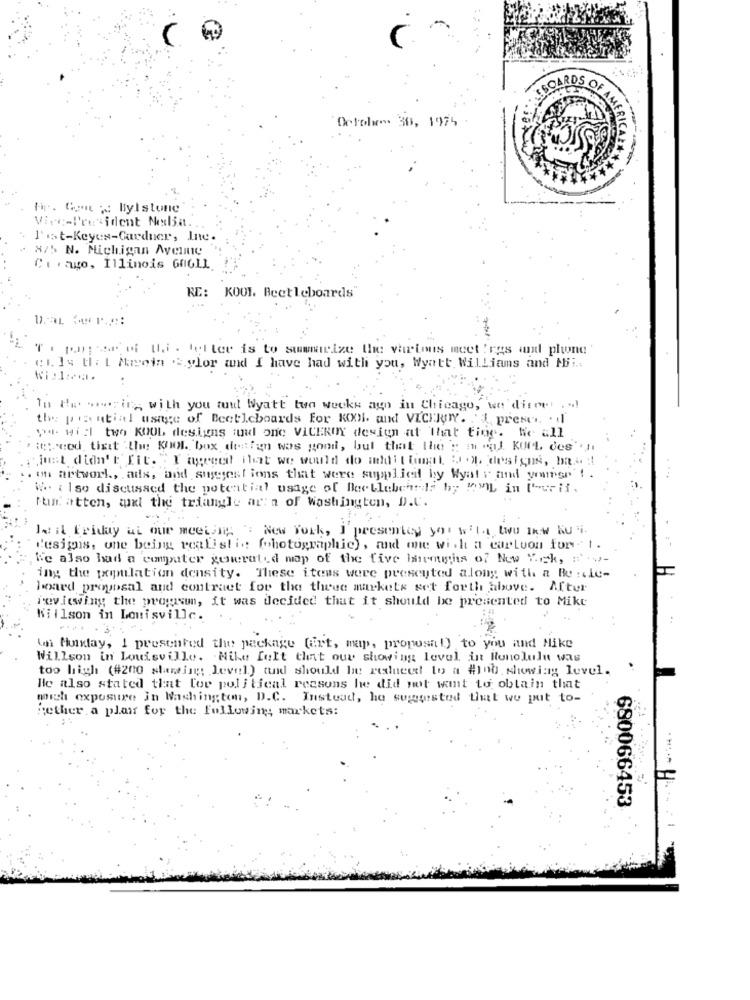
E BOARDS OF
Ortolw>> 30, 1975
Fir. Com - Bylstone
Vice-President Nodia
1's t-Keyes-Gardner, Ine.
8/5 N. Michigan Avenue
Carago, Illinois GAGLI.
RE: KOO1. Beetleboards
Tipsde ti. teller is to summarize the various meet !res and phone
ci. 14 tl : { Margin ".ylor and I have had with you, Wyatt Williams and Mi ..
Ni:1 ....
In Het wwwsing with you tuul Wyatt tun weeks ago in Chicago, we'disom . .!
the pential usage of Beetleboards For KODI. and VICEROY. "I, preser. . il
you will two KOOL designs and one VICEROY design at that time. he all
te: cod. tixit .the: KNM. box design was gond, but that the " m "al. KUL des"I
just didn't fit. "I agenel ilt we would do uhlit lumat :J ., designs, hast
. on artwork ., ads, and suggest ions that were supplied by Wyatr and ymisr ! .
We also discussed the potential usage of Beetlebeards by POL in Purii.
Fun atten, wxt the triangle ar: a of Washington, D.C.
Je it Friday at our meeting ": New York, I presentey you will two inw Nu vi
"esignis, one being realisti. (photographic) , and one with a carlvon furst.
We also had a computer generated map of the five birroughs of New York, av-
ing the population density. These items were presented along with a Re :ile-
hoard proposal and contraet for the these markets set forth above. After
reviewing the progusun, it was decided that it should be presented to Mike
Willson in Louisville.
( Monday, I presented the package (art, map, proposal) to you and Nike
Willson in Louisville. . Nike felt that our showing level in Honolulu was
too high (#200 sharing; level) tuid should be reduced to a #100. showing level.
He also stated that for political reasons he did not want to obtain that
mich exposure in Washington, D.C. Instead, he suggested that we put to-
hether a plan for the Following; markets:
680066453